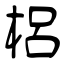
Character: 梠